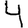
Digit: 4